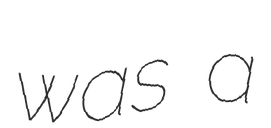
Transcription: was a